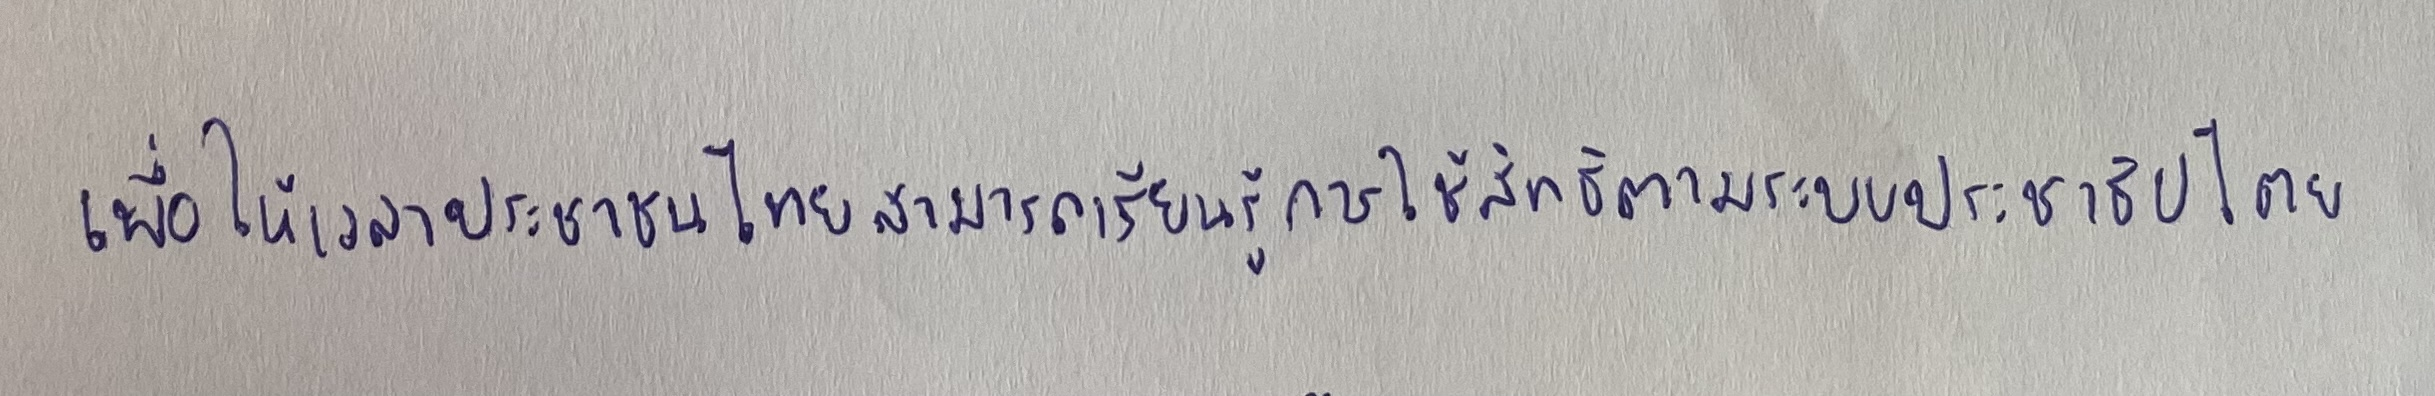
"เพื่อให้เวลาประชาชนไทยสามารถเรียนรู้การใช้สิทธิตามระบบประชาธิปไตย"